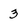
Character: 3